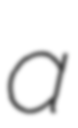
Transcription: a